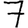
Digit: 7